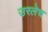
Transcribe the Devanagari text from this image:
उरलेच